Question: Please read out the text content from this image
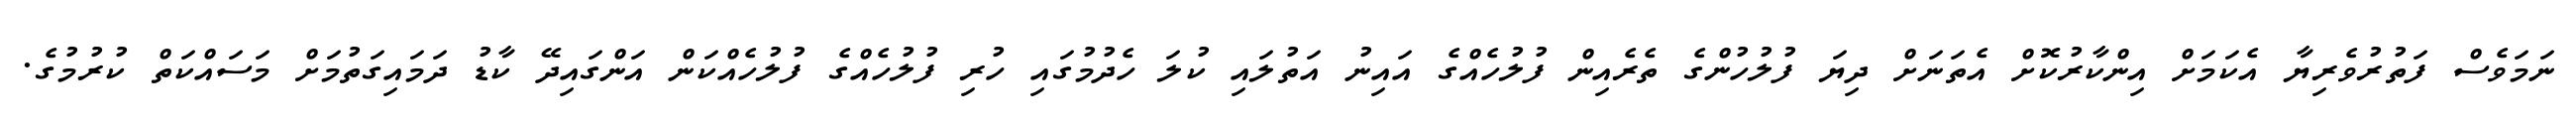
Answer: ނަމަވެސް ފަތުރުވެރިޔާ އެކަމަށް އިންކާރުކޮށް އެތަނަށް ދިޔަ ފުލުހުންގެ ތެރެއިން ފުލުހެއްގެ އައިނު އަތުލައި ކުލަ ހެދުމުގައި ހުރި ފުލުހެއްގެ ފުލުހެއްކަން އަންގައިދޭ ކާޑު ދަމައިގަތުމަށް މަސައްކަތް ކުރުމުގެ.